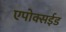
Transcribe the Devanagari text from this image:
एपोक्सईड